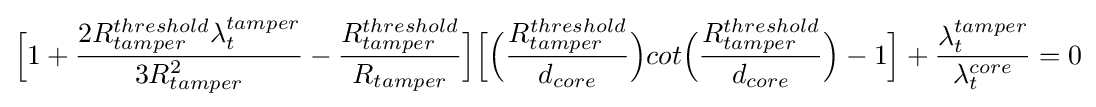
{\Bigl [}1+{\frac {2R_{tamper}^{threshold}\lambda _{t}^{tamper}}{3R_{tamper}^{2}}}-{\frac {R_{tamper}^{threshold}}{R_{tamper}}}{\Bigr ]}{\Bigl [}{\Bigl (}{\frac {R_{tamper}^{threshold}}{d_{core}}}{\Bigr )}cot{\Bigl (}{\frac {R_{tamper}^{threshold}}{d_{core}}}{\Bigr )}-1{\Bigr ]}+{\frac {\lambda _{t}^{tamper}}{\lambda _{t}^{core}}}=0